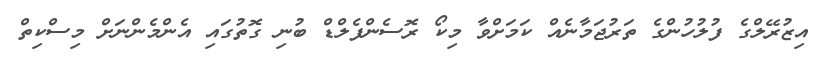
އިޒުރޭލްގެ ފުލުހުންގެ ތަރުޖަމާނެއް ކަމަށްވާ މިކޯ ރޮސެންފެލްޑް ބުނި ގޮތުގައި އެންމެންނަށް މިސްކިތް